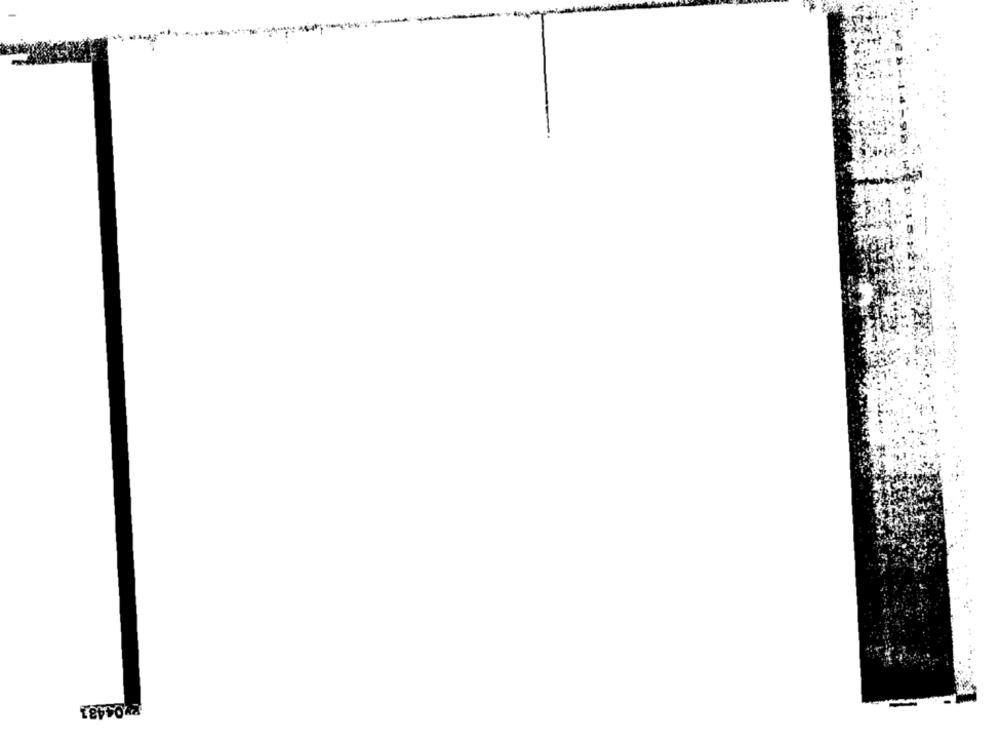
---
Ry04481